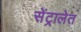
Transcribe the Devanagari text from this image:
सेंट्रालेत